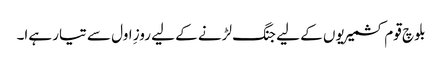
بلوچ قوم کشمیریوں کے لیے جنگ لڑنے کے لیے روزِ اول سے تیار ہےا۔